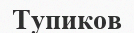
Тупиков